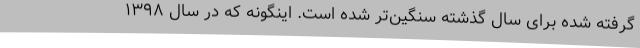
گرفته شده برای سال گذشته سنگین‌تر شده است. اینگونه که در سال ۱۳۹۸